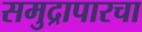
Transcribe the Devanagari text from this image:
समुद्रापारचा